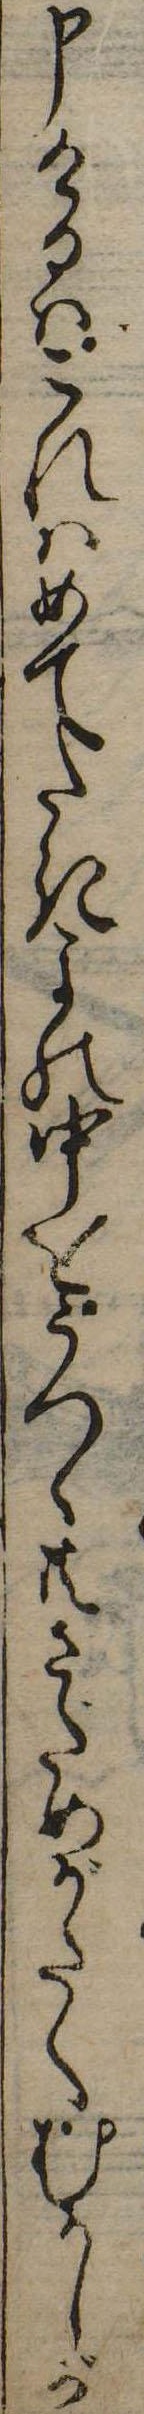
申けるはこれはめてたきよの中をうつゝ共さだめがたくむかしが